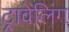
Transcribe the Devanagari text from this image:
ट्रावेलिंग